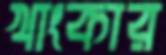
খাংকার